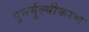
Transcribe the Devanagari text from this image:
पुनर्मूल्यीकरण